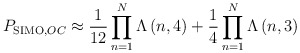
\begin{align*}{{P}_{\operatorname{SIMO},OC}}\approx \frac{1}{12}\prod\limits_{n=1}^{N}{\Lambda \left( n,4 \right)}+\frac{1}{4}\prod\limits_{n=1}^{N}{\Lambda \left( n,3 \right)}\end{align*}